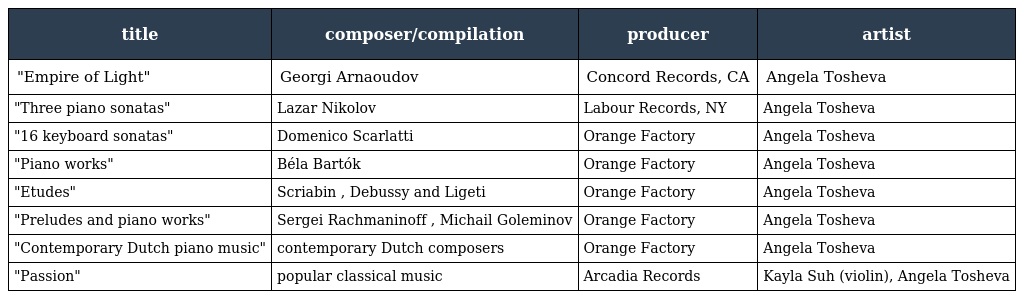
| title | composer/compilation | producer | artist |
 | --- | --- | --- | --- |
 | "Empire of Light" | Georgi Arnaoudov | Concord Records, CA | Angela Tosheva |
 | "Three piano sonatas" | Lazar Nikolov | Labour Records, NY | Angela Tosheva |
 | "16 keyboard sonatas" | Domenico Scarlatti | Orange Factory | Angela Tosheva |
 | "Piano works" | Béla Bartók | Orange Factory | Angela Tosheva |
 | "Etudes" | Scriabin , Debussy and Ligeti | Orange Factory | Angela Tosheva |
 | "Preludes and piano works" | Sergei Rachmaninoff , Michail Goleminov | Orange Factory | Angela Tosheva |
 | "Contemporary Dutch piano music" | contemporary Dutch composers | Orange Factory | Angela Tosheva |
 | "Passion" | popular classical music | Arcadia Records | Kayla Suh (violin), Angela Tosheva |